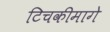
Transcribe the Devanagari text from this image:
टिचकीमागे